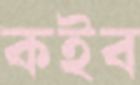
কইব